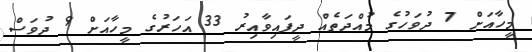
މީހާއަށް 7 ދުވަހުގެ މުއްދަތެއް ދީފައިވާއިރު 33 އަހަރުގެ މީހާއަށް 9 ދުވަސް